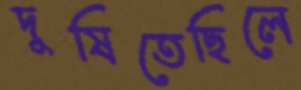
দুষিতেছিলে